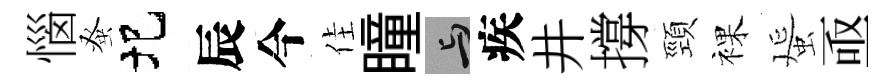
惱𫊫圯辰今佳瞳与疾井撐頸裸蜑亟